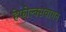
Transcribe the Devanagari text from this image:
हेफोल्क्सवागन